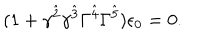
( 1 + \gamma ^ { \hat { 2 } } \gamma ^ { \hat { 3 } } \Gamma ^ { \hat { 4 } } \Gamma ^ { \hat { 5 } } ) \epsilon _ { 0 } = 0 .